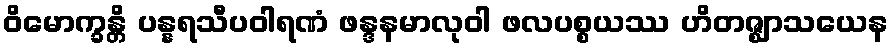
ဝိမောက္ခန္တိ ပန္နရသီပဝါရဏံ ဖန္ဒနမာလုဝါ ဖလပစ္စယဿ ဟိတဇ္ဈာသယေန